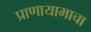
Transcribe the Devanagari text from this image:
प्राणायामाचा